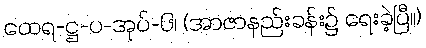
ထေရ-ဋ္ဌ-ပ-အုပ်-၆၊ (အာဇာနည်းခန်း၌ ရေးခဲ့ပြီ။)